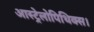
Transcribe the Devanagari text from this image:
आस्ट्रेलोपिथिक्स।